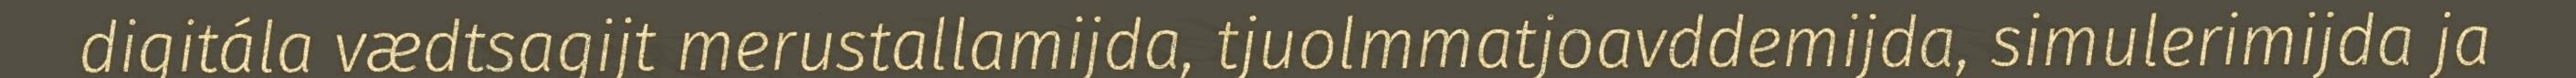
digitála vædtsagijt merustallamijda, tjuolmmatjoavddemijda, simulerimijda ja